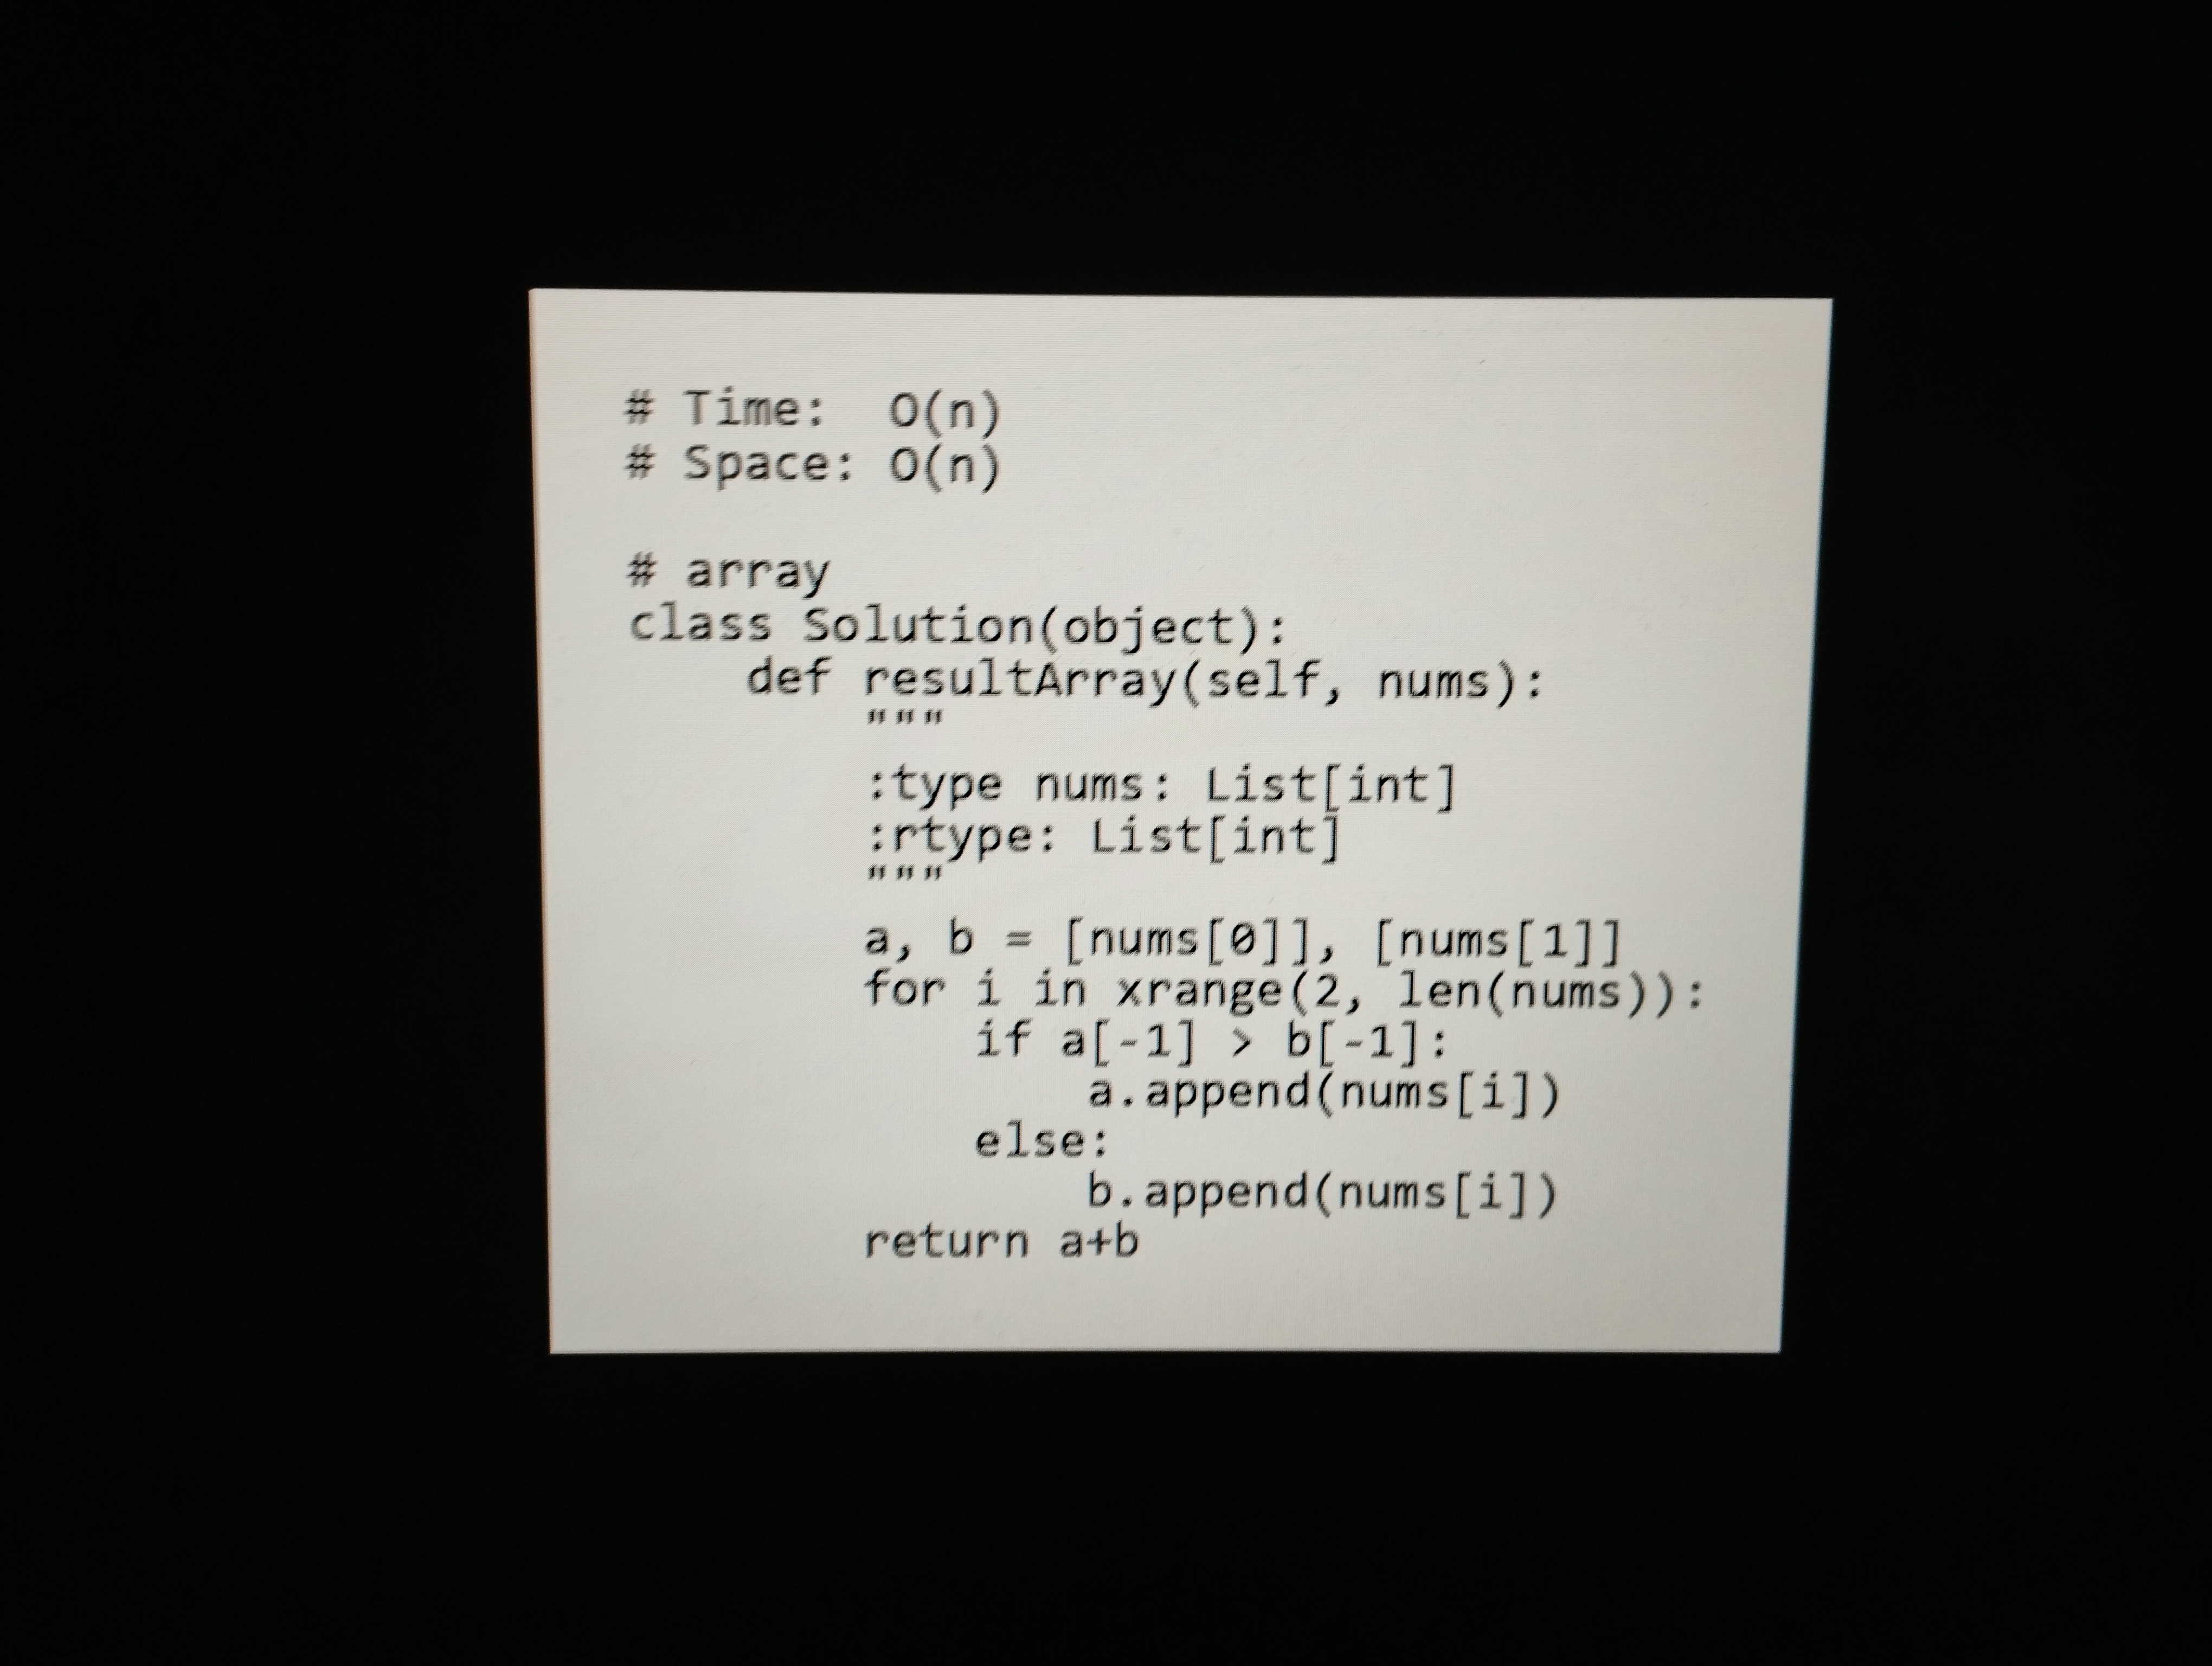
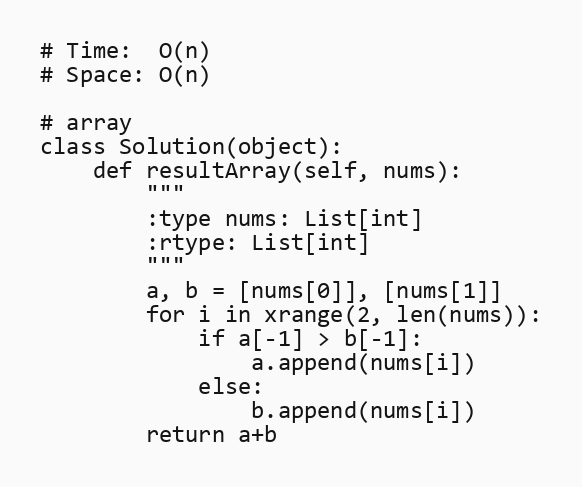
# Time:  O(n)
# Space: O(n)

# array
class Solution(object):
    def resultArray(self, nums):
        """
        :type nums: List[int]
        :rtype: List[int]
        """
        a, b = [nums[0]], [nums[1]]
        for i in xrange(2, len(nums)):
            if a[-1] > b[-1]:
                a.append(nums[i])
            else:
                b.append(nums[i])
        return a+b